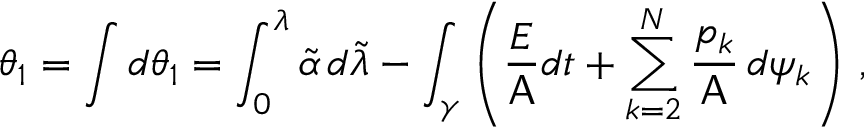
\theta _ { 1 } = \int d \theta _ { 1 } = \int _ { 0 } ^ { \lambda } \widetilde { \alpha } \, d \widetilde { \lambda } - \int _ { \gamma } \left( \frac { E } { \mathsf { A } } d t + \sum _ { k = 2 } ^ { N } \frac { p _ { k } } { \mathsf { A } } \, d \psi _ { k } \right) \, ,